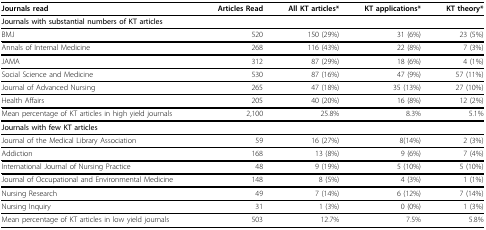
<table><thead><tr><td><b>Journals read</b></td><td><b>Articles Read</b></td><td><b>All KT articles*</b></td><td><b>KT applications*</b></td><td><b>KT theory*</b></td></tr></thead><tbody><tr><td colspan="5"><b>Journals with substantial numbers of KT articles</b></td></tr><tr><td>BMJ</td><td>520</td><td>150 (29%)</td><td>31 (6%)</td><td>23 (5%)</td></tr><tr><td>Annals of Internal Medicine</td><td>268</td><td>116 (43%)</td><td>22 (8%)</td><td>7 (3%)</td></tr><tr><td>JAMA</td><td>312</td><td>87 (29%)</td><td>18 (6%)</td><td>4 (1%)</td></tr><tr><td>Social Science and Medicine</td><td>530</td><td>87 (16%)</td><td>47 (9%)</td><td>57 (11%)</td></tr><tr><td>Journal of Advanced Nursing</td><td>265</td><td>47 (18%)</td><td>35 (13%)</td><td>27 (10%)</td></tr><tr><td>Health Affairs</td><td>205</td><td>40 (20%)</td><td>16 (8%)</td><td>12 (2%)</td></tr><tr><td>Mean percentage of KT articles in high yield journals</td><td>2,100</td><td>25.8%</td><td>8.3%</td><td>5.1%</td></tr><tr><td><b>Journals with few KT articles</b></td><td></td><td></td><td></td><td></td></tr><tr><td>Journal of the Medical Library Association</td><td>59</td><td>16 (27%)</td><td>8(14%)</td><td>2 (3%)</td></tr><tr><td>Addiction</td><td>168</td><td>13 (8%)</td><td>9 (6%)</td><td>7 (4%)</td></tr><tr><td>International Journal of Nursing Practice</td><td>48</td><td>9 (19%)</td><td>5 (10%)</td><td>5 (10%)</td></tr><tr><td>Journal of Occupational and Environmental Medicine</td><td>148</td><td>8 (5%)</td><td>4 (3%)</td><td>1 (1%)</td></tr><tr><td>Nursing Research</td><td>49</td><td>7 (14%)</td><td>6 (12%)</td><td>7 (14%)</td></tr><tr><td>Nursing Inquiry</td><td>31</td><td>1 (3%)</td><td>0 (0%)</td><td>1 (3%)</td></tr><tr><td>Mean percentage of KT articles in low yield journals</td><td>503</td><td>12.7%</td><td>7.5%</td><td>5.8%</td></tr></tbody></table>